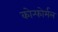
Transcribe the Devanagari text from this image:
कोन्फोर्मल